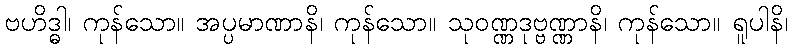
ဗဟိဒ္ဓါ၊ ကုန်သော။ အပ္ပမာဏာနိ၊ ကုန်သော။ သုဝဏ္ဏဒုဗ္ဗဏ္ဏာနိ၊ ကုန်သော။ ရူပါနိ၊